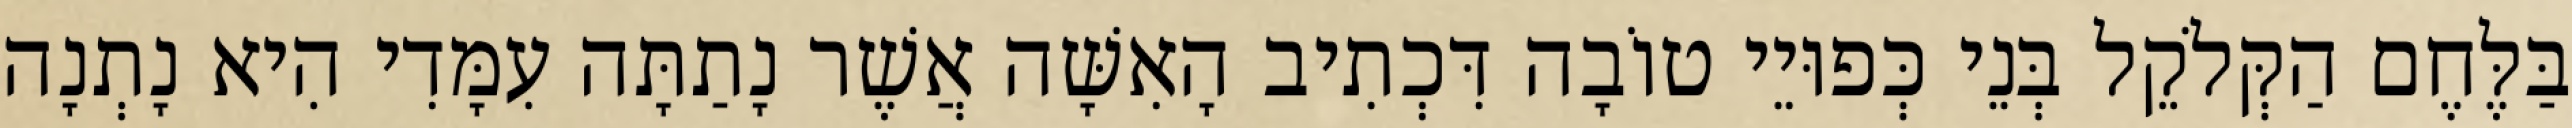
בַּלֶּחֶם הַקְּלֹקֵל בְּנֵי כְּפוּיֵי טוֹבָה דִּכְתִיב הָאִשָּׁה אֲשֶׁר נָתַתָּה עִמָּדִי הִיא נָתְנָה